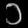
Digit: ၁